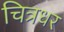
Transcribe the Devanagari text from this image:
चित्रधर